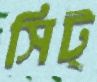
সিট্‌